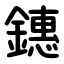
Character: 鏸